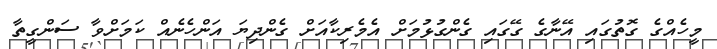
މީހެއްގެ ގޮތުގައި އޭނާގެ ގޭގައި ގެންގުޅުމަށް އެމެރިކާއަށް ގެންދިޔަ އަންހެނެއް ކަމަށްވާ ސަންގީތާ